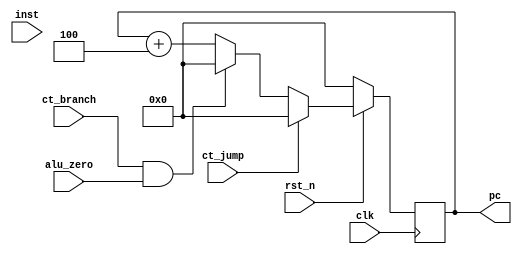
module IFU(
    input wire clk, rst_n,
    input wire alu_zero, ct_branch, ct_jump,
    output reg [ 31 : 0 ] pc,
    input wire [ 31 : 0 ] inst
);
	
    reg  [ 31 : 0 ] npc;

    wire [ 31 : 0 ] jump_addr, branch_addr, linear_addr;
    assign linear_addr = pc + 4;
    assign jump_addr = 0;
    assign branch_addr = 0;

    always @(*) begin
        if(ct_jump)begin                
            npc = jump_addr;
        end else if(ct_branch && alu_zero) begin
            npc = branch_addr;
        end else begin 
            npc = pc + 4;
        end
    end
    always @ (posedge clk)begin
        pc <= npc;
        if(!rst_n)begin
            pc <= 0;
        end
    end
endmodule